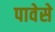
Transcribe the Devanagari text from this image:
पावेसे